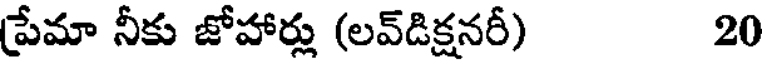
ప్రేమా నీకు జోహార్లు (లవ్డిక్షనరీ) 20